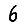
Digit: 6